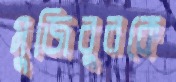
মুজিবুরকে